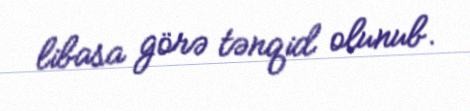
libasa görə tənqid olunub.